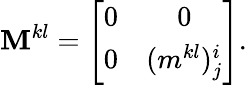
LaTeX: \mathbf{M}^{kl}=\left[\begin{array}{cc}{{0}}&{{0}}\\ {{0}}&{{(m^{kl})_{j}^{i}}}\end{array}\right].